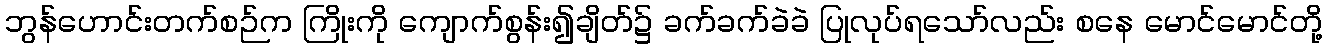
ဘွန်ဟောင်းတက်စဉ်က ကြိုးကို ကျောက်စွန်း၍ချိတ်၌ ခက်ခက်ခဲခဲ ပြုလုပ်ရသော်လည်း စနေ မောင်မောင်တို့